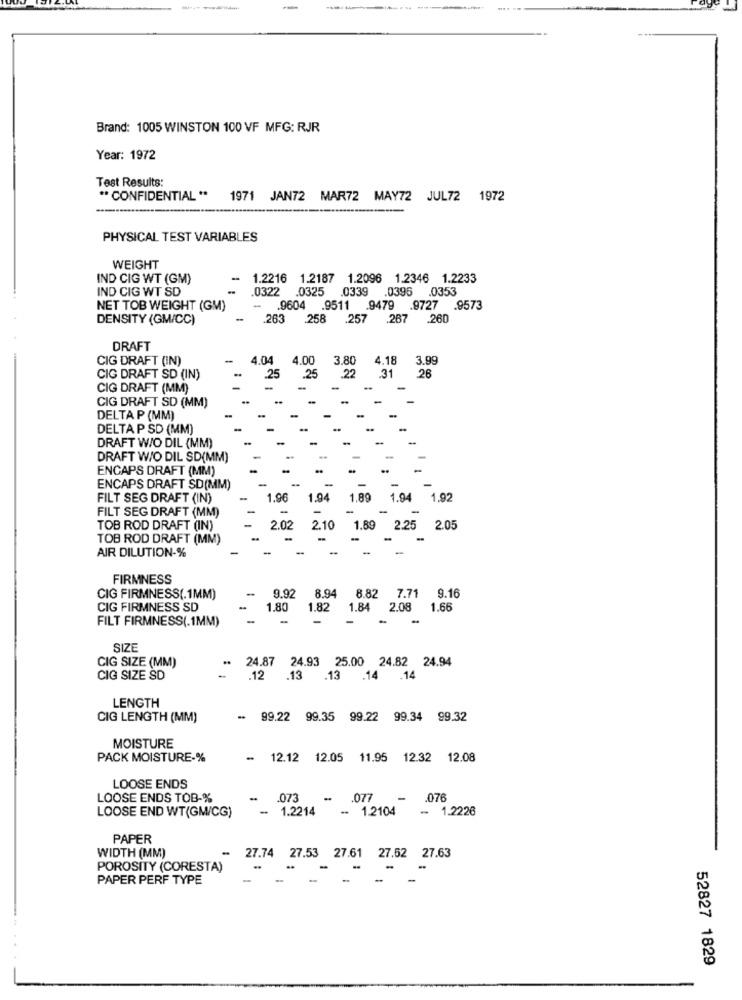
---
Brand: 1005 WINSTON 100 VF MFG: RJR
Year: 1972
Test Results:
" CONFIDENTIAL" 1971 JAN72 MAR72 MAY72 JUL72 1972
PHYSICAL TEST VARIABLES
WEIGHT
IND CIG WT (GM)
1.2216
1.2187 1.2096 1.2346 1.2233
IND CIG WT SD
.0322
.0325
.0339
.0396 .0353
NET TOB WEIGHT (GM)
9604
.9511 .9479 .9727 .9573
DENSITY (GM/CC)
263
258
.257 .267 .260
DRAFT
CIG DRAFT (IN)
4.04
4.00
3.80
4.18
3.99
25
22
CIG DRAFT SD (IN)
.25
.31
26
CIG DRAFT (MM)
CIG DRAFT SD (MM)
DELTA P (MM)
DELTA P SD (MM)
DRAFT W/O DIL (MM)
DRAFT W/O DIL SD(MM)
ENCAPS DRAFT (MM)
ENCAPS DRAFT SD(MM)
FILT SEG DRAFT (IN)
1.96
1.94
1.89
1.94 1,92
FILT SEG DRAFT (MM)
TOB ROD DRAFT (IN)
2.02
-10
1.89
2.25 2.05
TOB ROD DRAFT (MM)
AIR DILUTION-%
-
FIRMNESS
CIG FIRMNESS(.1MM)
9.92
8.94 8.82 7.71
9.16
CIG FIRMNESS SD
-
1.80
1.82
1.84 2.08 1.66
FILT FIRMNESS(.1MM)
-
SIZE
CIG SIZE (MM)
24.87
24.93 25.00 24.82 24.94
CIG SIZE SD
.12
.13
.13
.14 .14
LENGTH
CIG LENGTH (MM)
-
99.22
99.35
99.22
99.34
99.32
MOISTURE
PACK MOISTURE-%
-
12.12
12.05
11.95
12.32
12.08
LOOSE ENDS
LOOSE ENDS TOB-%
.073
-
.077
.076
LOOSE END WT(GM/CG)
-
1.2214
-- 1.2104
- 1.2226
PAPER
27.74
27.53 27.61 27.62 27.63
WIDTH (MM)
POROSITY (CORESTA)
-
PAPER PERF TYPE
52827 1829